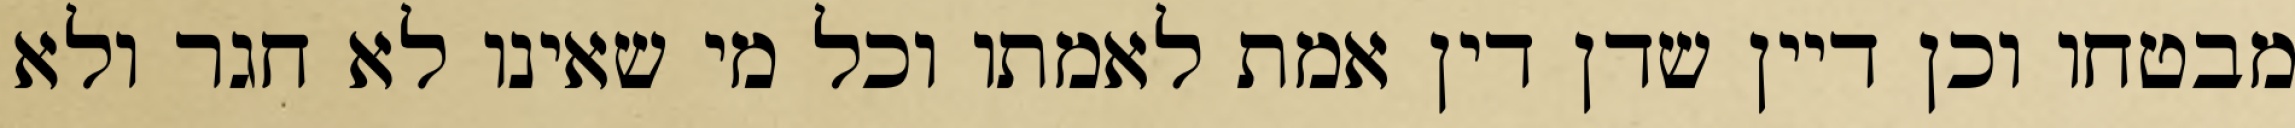
מבטחו וכן דיין שדן דין אמת לאמתו וכל מי שאינו לא חגר ולא